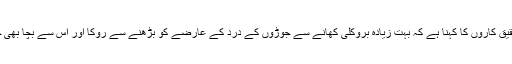
برطانوی تحقیق کاروں کا کہنا ہے کہ بہت زیادہ بروکلی کھانے سے جوڑوں کے درد کے عارضے کو بڑھنے سے روکا اور اس سے بچا بھی جا سکتا ہے۔